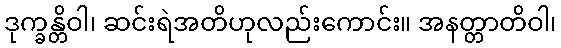
ဒုက္ခန္တိဝါ၊ ဆင်းရဲအတိဟုလည်းကောင်း။ အနတ္တာတိဝါ၊